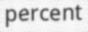
percent